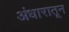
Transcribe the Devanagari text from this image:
अंधारातून